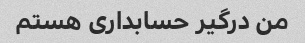
من درگیر حسابداری هستم